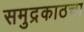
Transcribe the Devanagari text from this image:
समुद्रकाठचा